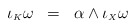
\begin{align*}\iota_{\scriptscriptstyle K}\omega \;\; = \;\; \alpha\wedge\iota_{\scriptscriptstyle X}\omega\end{align*}